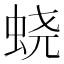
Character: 蛲